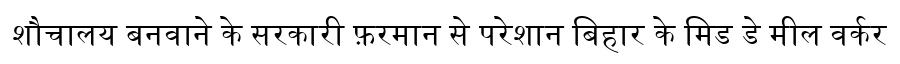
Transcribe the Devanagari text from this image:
शौचालय बनवाने के सरकारी फ़रमान से परेशान बिहार के मिड डे मील वर्कर